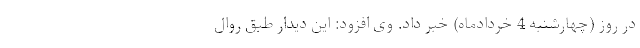
در روز (چهارشنبه 4 خردادماه) خبر داد. وی افزود: این دیدار طبق روال